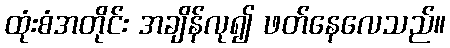
ထုံးစံအတိုင်း အချိန်လု၍ ဖတ်နေလေသည်။